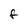
Character: F